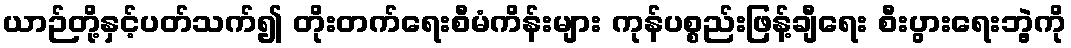
ယာဉ်တို့နှင့်ပတ်သက်၍ တိုးတက်ရေးစီမံကိန်းများ ကုန်ပစ္စည်းဖြန့်ချီရေး စီးပွားရေးဘွဲ့ကို